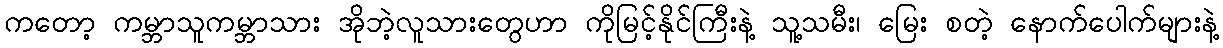
ကတော့ ကမ္ဘာသူကမ္ဘာသား အိုဘဲ့လူသားတွေဟာ ကိုမြင့်နိုင်ကြီးနဲ့ သူ့သမီး၊ မြေး စတဲ့ နောက်ပေါက်များနဲ့